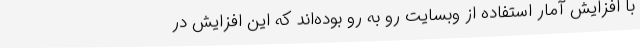
با افزایش آمار استفاده از وبسایت رو به رو بوده‌اند که این افزایش در